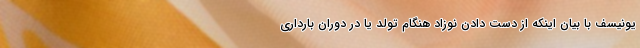
یونیسف با بیان اینکه از دست دادن نوزاد هنگام تولد یا در دوران بارداری